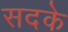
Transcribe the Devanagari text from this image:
सदके